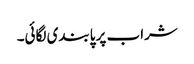
شراب پر پابندی لگائی۔